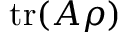
\operatorname { t r } ( A \rho )